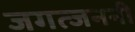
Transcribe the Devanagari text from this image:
जगत्जननी